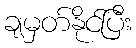
ချမှတ်နိုင်ပြီး